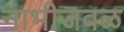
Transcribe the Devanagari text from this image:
नाभीजवळ